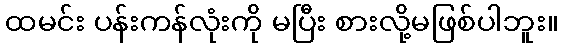
ထမင်း ပန်းကန်လုံးကို မပြီး စားလို့မဖြစ်ပါဘူး။